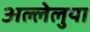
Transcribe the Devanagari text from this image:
अल्लेलुया